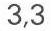
3,3